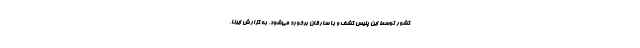
کشور توسط این پلیس کشف و با سارقان برخورد می‌شود. به گزارش ایرنا،